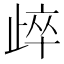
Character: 㱖